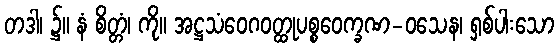
တဒါ၊ ၌။ နံ စိတ္တံ၊ ကို။ အဋ္ဌသံဝေဂဝတ္ထုပစ္စဝေက္ခဏ-ဝသေန၊ ရှစ်ပါးသော